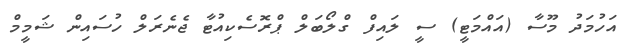
އަހުމަދު މޫސާ (އައްމަޓީ) ސީ ލައިފް ގްލޯބަލް ޕްރޮސެކިއުޓާ ޖެނެރަލް ހުސައިން ޝަމީމް